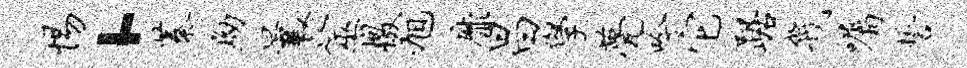
惕·蓁黝曩筮檄旭靡昌学甍吟它踞几嘱誓